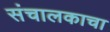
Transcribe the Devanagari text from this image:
संचालकाचा